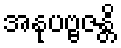
အနုပဗ္ဗဇန္တိ